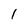
Character: 1